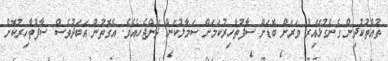
ތުއްތުކުދިން ގެންގުޅޭއިރު ވަރަށް ބޮޑަށް ސާފުތާހިރުކަމަށް ސަމާލުކަން ދޭންޖެހެއެވެ. އެގޮތުން އަބަދުވެސް ސާފުތާހިރުކޮށް